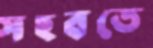
সহবতে